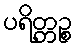
ပရိတ္တဉ္စ